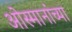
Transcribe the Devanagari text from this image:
ओस्मानांच्या